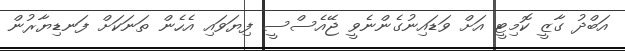
އަބްދު ގާޒީ ކޮމިޓީ އަށް ވަޑައިނުގެންނެވީ ޖޭއެސްސީ ފިޔަވައި އެހެން ތަނަކަށް ފަނޑިޔާރުން